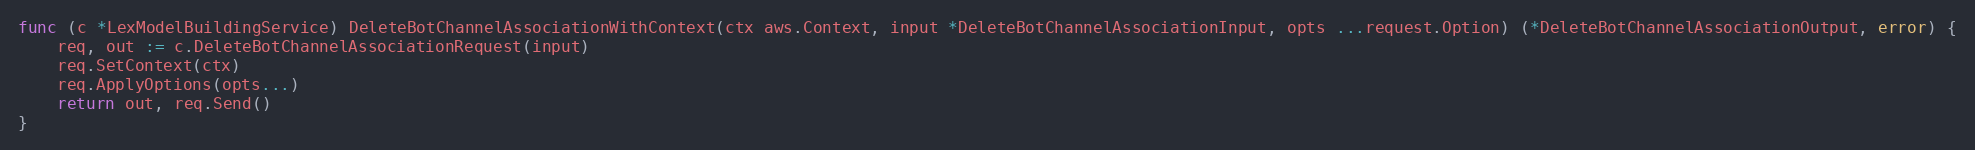
Language: Go
func (c *LexModelBuildingService) DeleteBotChannelAssociationWithContext(ctx aws.Context, input *DeleteBotChannelAssociationInput, opts ...request.Option) (*DeleteBotChannelAssociationOutput, error) {
	req, out := c.DeleteBotChannelAssociationRequest(input)
	req.SetContext(ctx)
	req.ApplyOptions(opts...)
	return out, req.Send()
}